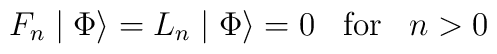
F_{n} \mid \Phi \rangle = L_{n} \mid \Phi \rangle = 0 \; \; \; {\rm  for} \; \; \; n>0